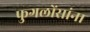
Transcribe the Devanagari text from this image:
फुगलोंसांना